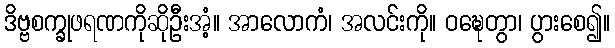
ဒိဗ္ဗစက္ခုဖရဏကိုဆိုဦးအံ့။ အာလောကံ၊ အလင်းကို။ ဝဍ္ဎေတွာ၊ ပွားစေ၍။